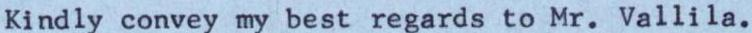
Kindly convey my best regards to Mr. Vallila.